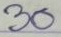
30